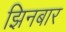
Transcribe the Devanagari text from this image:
झिनबार